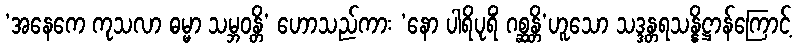
‘အနေကေ ကုသလာ ဓမ္မာ သမ္ဘဝန္တိ’ ဟောသည်ကား ‘နော ပါရိပုရိံ ဂစ္ဆန္တိ’ဟူသော သဒ္ဒန္တရသန္နိဋ္ဌာန်ကြောင့်